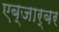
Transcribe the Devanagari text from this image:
एब्जार्बर